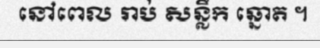
នៅពេល រាប់ សន្លឹក ឆ្នោត ។